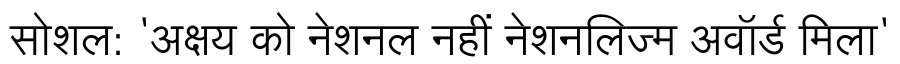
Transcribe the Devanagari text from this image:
सोशल: 'अक्षय को नेशनल नहीं नेशनलिज्म अवॉर्ड मिला'